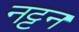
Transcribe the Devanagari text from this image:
नट्टन